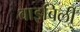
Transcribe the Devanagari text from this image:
बाइबिली